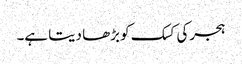
ہجرکی کسک کو بڑھا دیتا ہے۔